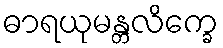
ဓာရယုမန္တလိက္ခေ